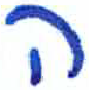
אות: ה